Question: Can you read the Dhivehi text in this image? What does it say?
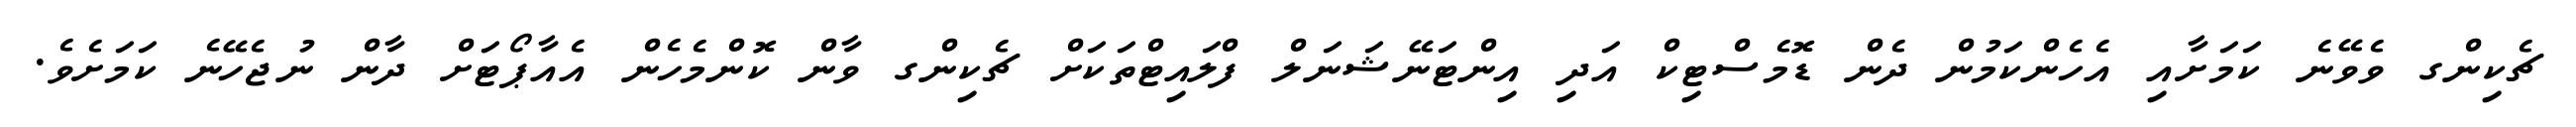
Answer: ޗެކިންގ ވެވޭނެ ކަމަށާއި އެހެންކަމުން ދެން ޑޮމެސްޓިކް އަދި އިންޓަނޭޝަނަލް ފްލައިޓްތަކަށް ޗެކިންގ ވާން ކޮންމެހެން އެއާޕޯޓަށް ދާން ނުޖެހޭނެ ކަމަށެވެ.